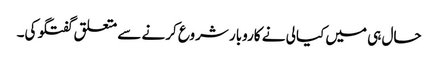
حال ہی میں کیالی نے کاروبار شروع کرنے سے متعلق گفتگو کی۔